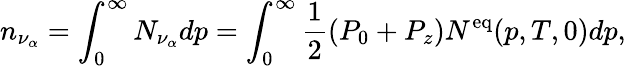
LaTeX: n_{\nu_{\alpha}}=\int_{0}^{\infty}N_{\nu_{\alpha}}dp=\int_{0}^{\infty}{\frac{1}{2}}(P_{0}+P_{z})N^{\mathrm{eq}}(p,T,0)dp,